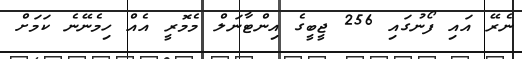
ނެރޭ އައި ފޯނުގައި 256 ޖީބީގެ އިންޓާނަލް މެމޮރީ އެއް ހިމެނޭނެ ކަމަށް